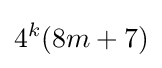
4^{k}(8m+7)